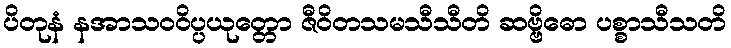
ပိတုနံ နအာသဝဝိပ္ပယုတ္တော ဇီဝိတသမသီသီတိ ဆဗ္ဗိဓော ပစ္စာသီသတိ